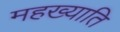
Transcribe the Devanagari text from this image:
महख्याति